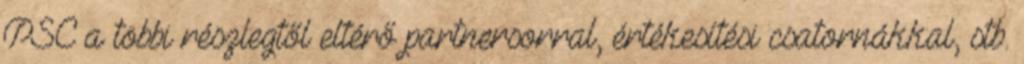
PSC a többi részlegtől eltérő partnersorral, értékesítési csatornákkal, stb.